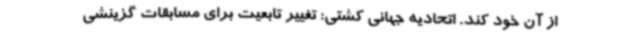
از آن خود کند. اتحادیه جهانی کشتی: تغییر تابعیت برای مسابقات گزینشی